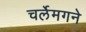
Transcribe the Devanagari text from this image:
चर्लेमगने